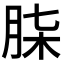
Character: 𮌒